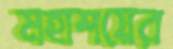
মহাশয়ের